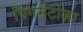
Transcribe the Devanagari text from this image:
पिंगमेंटोज़ा